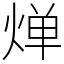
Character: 𬊤